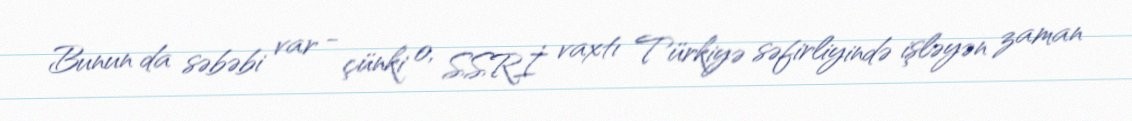
Bunun da səbəbi var - çünki o, SSRİ vaxtı Türkiyə səfirliyində işləyən zaman